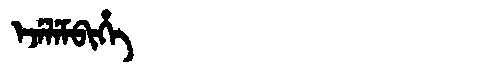
Manchu: ᡝᠵᡝᠯᡝᠮᠪᡳᡥᡝ
Romanization: EJELEMBIHE